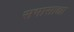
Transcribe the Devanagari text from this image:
सभासाद्या